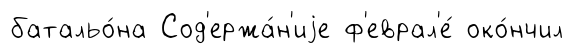
батальо́на Сод'ержа́н'иjе ф'еврал'е́ око́нчил